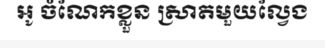
អូ ចំណែកខ្លួន ស្រាតមួយល្វែង